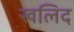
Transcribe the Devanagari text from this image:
खलिद